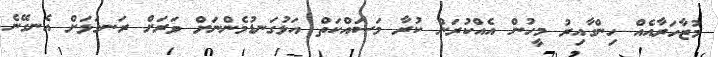
މުޒާހަރާއެއް ހިންގާއިރު މީހުން އެއްކުރަން ކުރާ މަސައްކަތް އަޅުގަނޑުމެންނަށް ވަރަށް ރަނގަޅަށް އެނގޭނެ